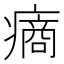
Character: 𤹟